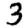
Digit: 3